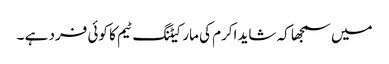
میں سمجھا کہ شاید اکرم کی مارکیٹنگ ٹیم کا کوئی فرد ہے ۔